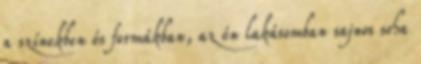
a színekben és formákban, az én lakásomban sajnos soha